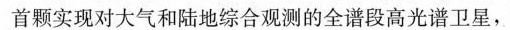
首颗实现对大气和陆地综合观测的全谱段高光谱卫星，